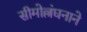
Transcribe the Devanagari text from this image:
सीमोल्लंघनाने